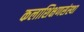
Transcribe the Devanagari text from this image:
कलाशिक्षणसंस्था